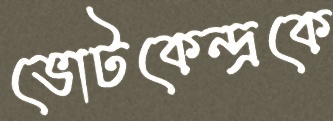
ভোটকেন্দ্রকে